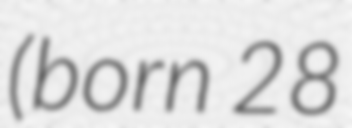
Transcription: (born 28